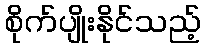
စိုက်ပျိုးနိုင်သည့်